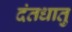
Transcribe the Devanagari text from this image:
दंतधातु